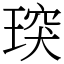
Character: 㻠